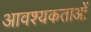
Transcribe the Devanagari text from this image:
आवश्यकताआें